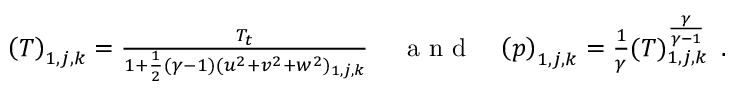
\begin{array} { r l r } { \left( T \right) _ { 1 , j , k } = \frac { T _ { t } } { 1 + \frac { 1 } { 2 } ( \gamma - 1 ) ( u ^ { 2 } + v ^ { 2 } + w ^ { 2 } ) _ { 1 , j , k } } \, } & { { } \mathrm { ~ a ~ n ~ d ~ } } & { \left( p \right) _ { 1 , j , k } = \frac { 1 } { \gamma } ( T ) _ { 1 , j , k } ^ { \frac { \gamma } { \gamma - 1 } } \, \mathrm { ~ . ~ } } \end{array}